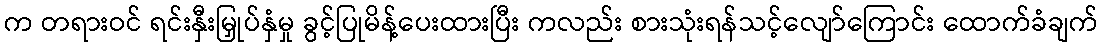
က တရားဝင် ရင်းနှီးမြှုပ်နှံမှု ခွင့်ပြုမိန့်ပေးထားပြီး ကလည်း စားသုံးရန်သင့်လျော်ကြောင်း ထောက်ခံချက်